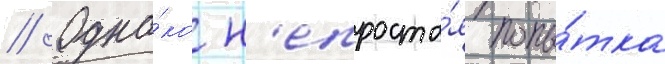
// Одна́ко н'епроста́я попы́тка